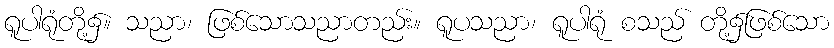
ရူပါရုံတို့၌။ သညာ၊ ဖြစ်သောသညာတည်း။ ရူပသညာ၊ ရူပါရုံ စသည် တို့၌ဖြစ်သော